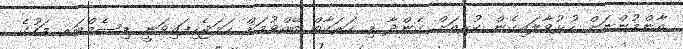
އާންމުންނަށް ހުޅުވާލައިގެން ކުރިއަށް ގެންދާ މި ހަރަކާތް ބޭއްވުމަށް ހަމަޖެހިފައިވަނީ ޑިސެމްބަރ މަހުގެ